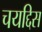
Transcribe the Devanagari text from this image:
चयद्दिस